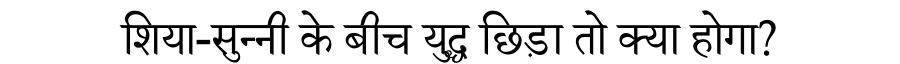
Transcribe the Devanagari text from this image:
शिया-सुन्नी के बीच युद्ध छिड़ा तो क्या होगा?